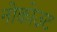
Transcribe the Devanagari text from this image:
नोकोउट